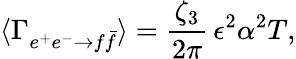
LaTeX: \langle\Gamma_{e^{+}e^{-}\to f\bar{f}}\rangle=\frac{\zeta_{3}}{2\pi}\, \epsilon^{2}\alpha^{2}T,